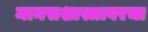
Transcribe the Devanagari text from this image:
मानसशास्त्रावरचा